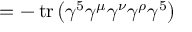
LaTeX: = - \operatorname { t r } \left( \gamma ^ { 5 } \gamma ^ { \mu } \gamma ^ { \nu } \gamma ^ { \rho } \gamma ^ { 5 } \right)